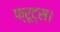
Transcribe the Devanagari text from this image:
फ्रूट्स।